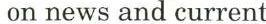
on news and current